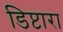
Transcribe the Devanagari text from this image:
डिप्टारा